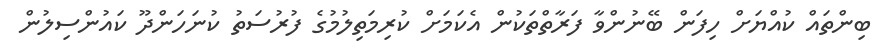
ބިންތައް ކުއްޔަށް ހިފަން ބޭނުންވާ ފަރާތްތަކުން އެކަމަށް ކުރިމަތިލުމުގެ ފުރުސަތު ކުނަހަންދޫ ކައުންސިލުން